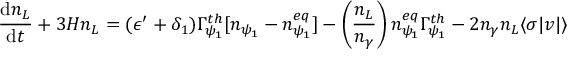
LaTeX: \frac { \mathrm { d } n _ { L } } { \mathrm { d } t } + 3 H n _ { L } = ( \epsilon ^ { \prime } + \delta _ { 1 } ) \Gamma _ { \psi _ { 1 } } ^ { t h } [ n _ { \psi _ { 1 } } - n _ { \psi _ { 1 } } ^ { e q } ] - \left( \frac { n _ { L } } { n _ { \gamma } } \right) n _ { \psi _ { 1 } } ^ { e q } \Gamma _ { \psi _ { 1 } } ^ { t h } - 2 n _ { \gamma } n _ { L } \langle \sigma | v | \rangle